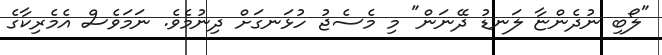
"ލޯބި ނުދެންޏާ ލަނޑު ދޭނަން" މި މެސެޖު ހުޅަނގަށް ދިނުމެވެ. ނަމަވެސް އެމެރިކާގެ